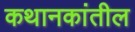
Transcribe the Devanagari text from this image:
कथानकांतील